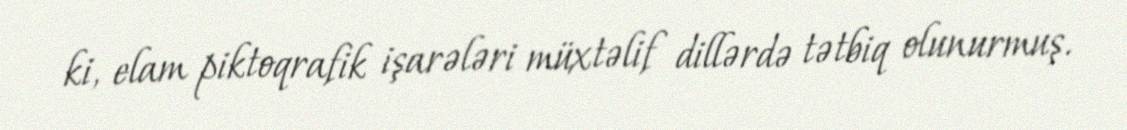
ki, elam piktoqrafik işarələri müxtəlif dillərdə tətbiq olunurmuş.